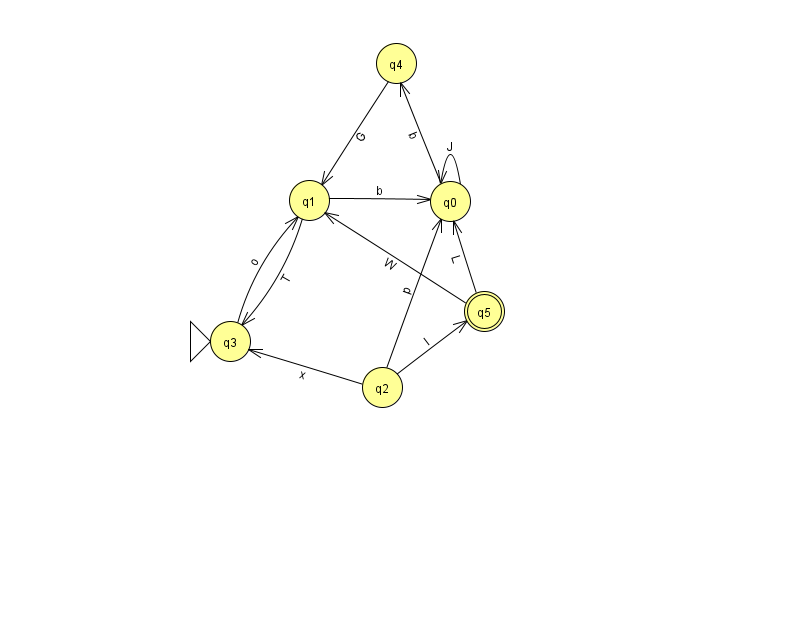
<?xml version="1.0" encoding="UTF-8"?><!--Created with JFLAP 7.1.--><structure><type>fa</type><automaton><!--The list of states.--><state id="0" name="q0"><x>450.0</x><y>188.0</y></state><state id="1" name="q1"><x>309.0</x><y>187.0</y></state><state id="2" name="q2"><x>382.0</x><y>374.0</y></state><state id="3" name="q3"><x>230.0</x><y>328.0</y><initial/></state><state id="4" name="q4"><x>396.0</x><y>50.0</y></state><state id="5" name="q5"><x>484.0</x><y>298.0</y><final/></state><!--The list of transitions.--><transition><from>1</from><to>0</to><read>b</read></transition><transition><from>1</from><to>3</to><read>T</read></transition><transition><from>2</from><to>5</to><read>l</read></transition><transition><from>0</from><to>4</to><read>b</read></transition><transition><from>2</from><to>3</to><read>x</read></transition><transition><from>4</from><to>1</to><read>G</read></transition><transition><from>5</from><to>1</to><read>W</read></transition><transition><from>0</from><to>0</to><read>J</read></transition><transition><from>3</from><to>1</to><read>o</read></transition><transition><from>2</from><to>0</to><read>p</read></transition><transition><from>5</from><to>0</to><read>L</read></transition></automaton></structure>